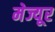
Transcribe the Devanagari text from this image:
मेज्यूर